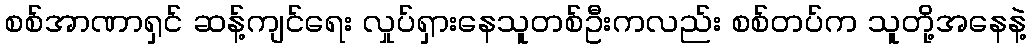
စစ်အာဏာရှင် ဆန့်ကျင်ရေး လှုပ်ရှားနေသူတစ်ဦးကလည်း စစ်တပ်က သူတို့အနေနဲ့